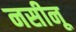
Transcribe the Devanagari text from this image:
नसीनू